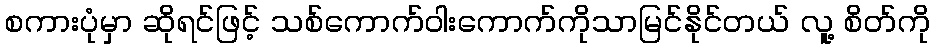
စကားပုံမှာ ဆိုရင်ဖြင့် သစ်ကောက်ဝါးကောက်ကိုသာမြင်နိုင်တယ် လူ့ စိတ်ကို